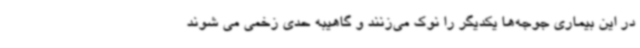
در این بیماری جوجه‌ها یکدیگر را نوک می‌زنند و گاهیبه حدی زخمی می شوند